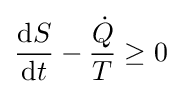
{\frac {\mathrm {d} S}{\mathrm {d} t}}-{\frac {\dot {Q}}{T}}\geq 0